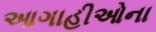
આગાહીઓના